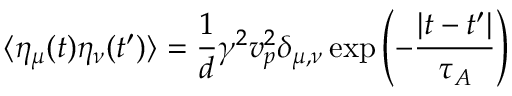
\langle \eta _ { \mu } ( t ) \eta _ { \nu } ( t ^ { \prime } ) \rangle = \frac { 1 } { d } \gamma ^ { 2 } v _ { p } ^ { 2 } \delta _ { \mu , \nu } \exp { \left( - \frac { | t - t ^ { \prime } | } { \tau _ { A } } \right) }